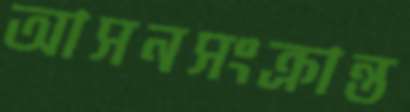
আসনসংক্রান্ত